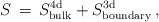
\begin{align*}S \, = \, S^{\rm 4d}_{\rm bulk}+ S^{\rm 3d}_{\rm boundary} \, ,\end{align*}